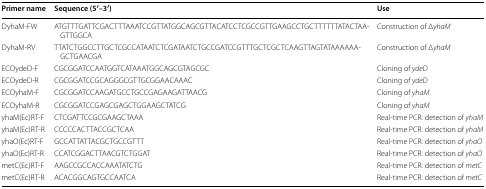
| Primer name | Sequence (5′–3′) | Use |
 | --- | --- | --- |
 | DyhaM-FW | ATGTTTGATTCGACTTTAAATCCGTTATGGCAGCGTTACATCCTCGCCGTTGAAGCCTGCTTTTTTATACTAAGTTGGCA | Construction of ΔyhaM |
 | DyhaM-RV | TTATCTGGCCTTGCTCGCCATAATCTCGATAATCTGCCGATCCGTTTGCTCGCTCAAGTTAGTATAAAAAAGCTGAACGA | Construction of ΔyhaM |
 | ECOydeD-F | CGCGGATCCAATGGTCATAAATGGCAGCGTAGCGC | Cloning of ydeD |
 | ECOydeD-R | CGCGGATCCGCAGGGCGTTGCGGAACAAAC | Cloning of ydeD |
 | ECOyhaM-F | CGCGGATCCAAGATGCCTGCCGAGAAGATTAACG | Cloning of yhaM |
 | ECOyhaM-R | CGCGGATCCGAGCGAGCTGGAAGCTATCG | Cloning of yhaM |
 | yhaM(Ec)RT-F | CTCGATTCCGCGAAGCTAAA | Real-time PCR: detection of yhaM |
 | yhaM(Ec)RT-R | CCCCCACTTACCGCTCAA | Real-time PCR: detection of yhaM |
 | yhaO(Ec)RT-F | GCCATTATTACGCTGCCGTTT | Real-time PCR: detection of yhaO |
 | yhaO(Ec)RT-R | CCATCGGACTTAACGTCTGGAT | Real-time PCR: detection of yhaO |
 | metC(Ec)RT-F | AAGCCGCCACCAAATATCTG | Real-time PCR: detection of metC |
 | metC(Ec)RT-R | ACACGGCAGTGCCAATCA | Real-time PCR: detection of metC |